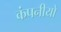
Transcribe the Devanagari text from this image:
कंपनीयो